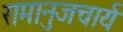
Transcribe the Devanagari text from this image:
रामानुजचार्य